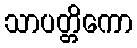
သာပတ္တိကော